Vaccination United Provinces of Agra and Oudh 1923-1928 - 1923-1928
Year: 1923
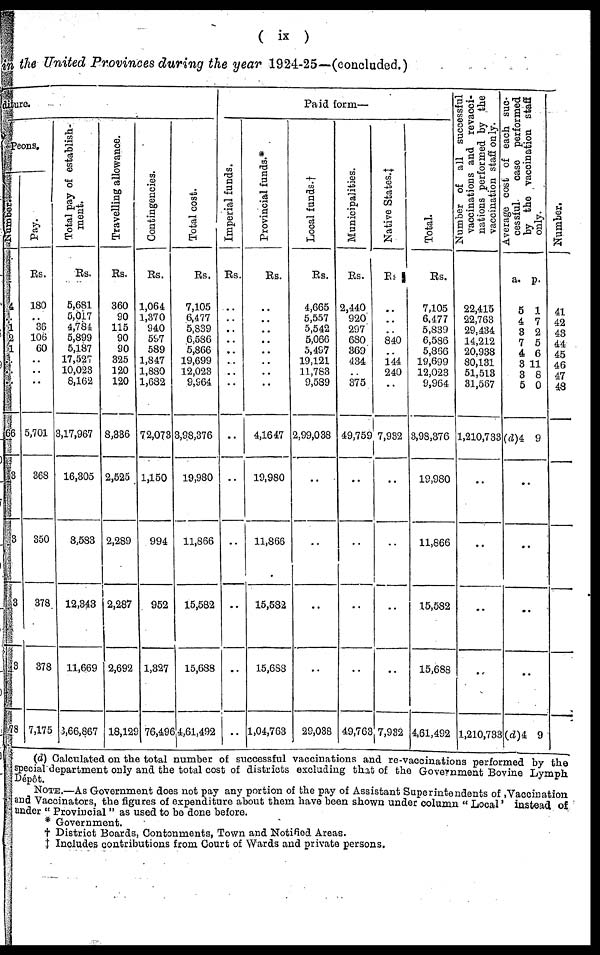
( ix )
in the United Provinces during the year 1924-25—(concluded.)
diture.
Peons.
Number.
4
..
1
2 1
..
..
..
66
3
3
3
3
78
Pay.
Rs.
180
..
36
106
60
..
..
..
5,701
368
350
378
378
7,175
Total pay of establish-
ment.
Rs.
5,681
5,017
4,784
5,899
5,187
17,527
10,023
8,162
3,17,967
16,305
3,583
12,343
11,669
3,66,867
Travelling allowance.
Rs.
360
90
115
90
90
325
120
120
8,336
2,525
2,289
2,287
2,692
18,129
Contingencies.
Rs.
1,064
1,370
940
597
589
1,847
1,880
1,682
72,073
1,150
994
952
1,327
76,496
Total cost.
Rs.
7,105
6,477
5,839
6,586
5,866
19,699
12,023
9,964
3,98,376
19,980
11,866
15,582
15,688
4,61,492
Paid form—
Imperial funds.
Rs.
..
..
..
..
..
..
..
..
..
..
..
..
..
..
Provincial funds.*
Rs.
..
..
..
..
..
..
..
..
4,1647
19,980
11,866
15,582
15,688
1,04,763
Local funds. †
Rs.
4,665
5,557
5,542
5,066
5,497
19,121
11,783
9,589
2,99,038
..
..
..
..
29,038
Municipalities.
Rs.
2,440
920
297
680
369
434
..
375
49,759
..
..
..
..
49,763
Native States.‡
Rs.
..
..
..
840
..
144
240
..
7,932
..
..
..
..
7,932
Total.
Rs.
7,105
6,477
5,839
6,586
5,866
19,699
12,023
9,964
3,98,376
19,980
11,866
15,582
15,688
4,61,492
Number of all
successful
vaccinations and revacci¬
nations performed by the
vaccination staff only.
22,415
22,763
29,434
14,212
20,938
80,131
51,513
31,567
1,210,733
..
..
..
..
1,210,733
Average cost of each suc-
cessful
case performed
by the vaccination staff
only.
a.
5
4
3
7
4
3
3
5
(d)4
p.
1
7
2
5
6
11
8
0
9
..
..
..
..
(d)4 9
Number.
41
42
43
44
45
46
47
48
(d) Calculated on the total number of successful vaccinations and re-vaccinations performed by the
special department only and the total cost of districts excluding that of the Government Bovine Lymph
Dépôt.
NOTE.—As Government does not pay any portion of the pay of Assistant Superintendents of Vaccination
and Vaccinators, the figures of expenditure about them have been shown under column "Local" instead of
under "Provincial" as used to be done before.
* Government.
† District Boards, Cantonments, Town and Notified Areas.
‡ Includes contributions from Court of Wards and private persons.